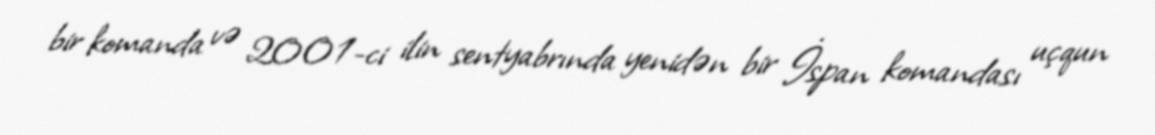
bir komanda və 2001-ci ilin sentyabrında yenidən bir İspan komandası uçqun